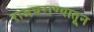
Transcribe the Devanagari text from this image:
राजघराण्यातून